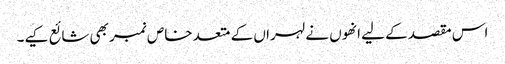
اس مقصد کے لیے انھوں نے لہراں کے متعد خاص نمبر بھی شائع کیے۔